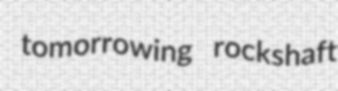
tomorrowing rockshaft